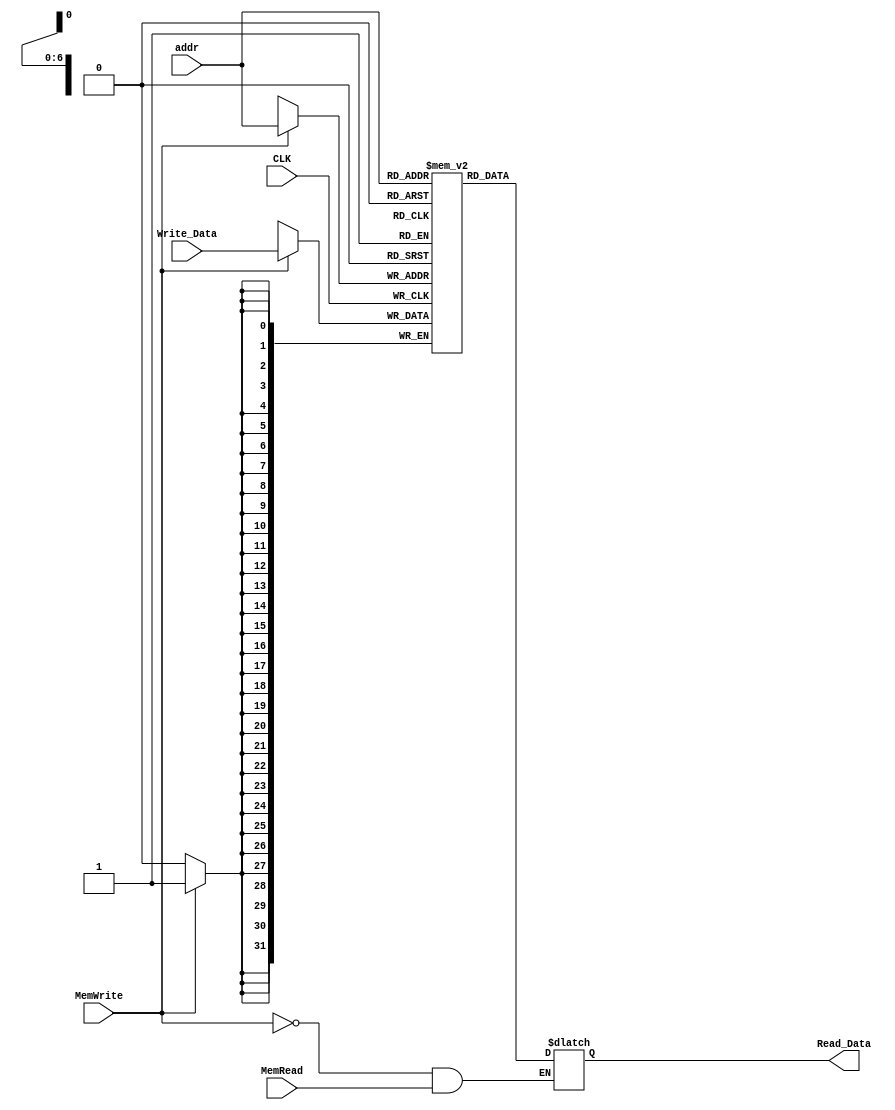
module Data_Mem(
	input CLK,
	input wire MemWrite, MemRead, // control signal
	input wire [6:0] addr,
	input wire [31:0] Write_Data,
	output reg [31:0] Read_Data );

reg [31:0] mem [0:127];  // 32-bit memory with 128 entries

always @(*)
begin
	if(MemWrite == 0 && MemRead == 1) // lw
		Read_Data = mem[addr][31:0];
	else
		Read_Data = Read_Data; // To avoid creating a latch
end

always @(posedge CLK)
begin
	if(MemWrite == 1) // sw
		mem[addr][31:0] <= Write_Data;
end

integer i;
initial
begin
	mem[0] = 32'd0; // initialize
	mem[1] = 32'd1; // initialize
	mem[2] = 32'd2; // initialize
	mem[3] = 32'd3; // initialize
	mem[4] = 32'd4; // initialize
	mem[5] = 32'd5; // initialize
	mem[6] = 32'd6; // initialize
	mem[7] = 32'd7; // initialize
	mem[8] = 32'd8; // initialize
	mem[9] = 32'd9; // initialize
	mem[10] = 32'b0101_0101_1010_1010_0101_0101_1010_1010; // 0x55aa_55aa
	mem[11] = 32'b0111_0111_1000_1000_0111_0111_1000_1000; // 0x7788_7788
	for (i=12; i<128; i = i+1) // initialize
	begin
		mem[i] = 32'd0;
	end
end
endmodule